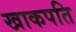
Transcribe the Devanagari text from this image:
खाकपति